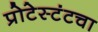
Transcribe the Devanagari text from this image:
प्रोटेस्टंटचा